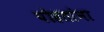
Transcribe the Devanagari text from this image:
पोहतांना